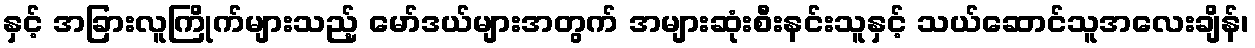
နှင့် အခြားလူကြိုက်များသည့် မော်ဒယ်များအတွက် အများဆုံးစီးနင်းသူနှင့် သယ်ဆောင်သူအလေးချိန်၊